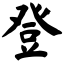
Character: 登